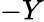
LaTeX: -Y